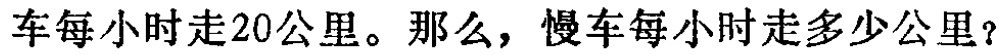
车每小时走20公里。那么，慢车每小时走多少公里？